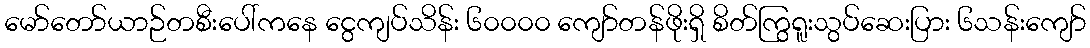
မော်တော်ယာဉ်တစီးပေါ်ကနေ ငွေကျပ်သိန်း ၆၀၀၀၀ ကျော်တန်ဖိုးရှိ စိတ်ကြွရူးသွပ်ဆေးပြား ၆သန်းကျော်